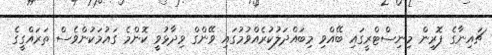
ޗައިނާގެ ފޮރިން މިނިސްޓްރީގައި ބޭއްވި މިބައްދަލުކުރެއްވުމުގައި ވޭންގް ވިދާޅުވީ ކޮންމެ ގައުމަކުންވެސް ތަރައްގީގެ